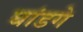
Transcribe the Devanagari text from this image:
घांडगे